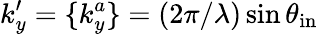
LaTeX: k_{y}^{\prime}=\{ k_{y}^{a}\} =(2\pi/\lambda)\sin{\theta_{\mathrm{in}}}